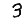
Digit: 3